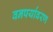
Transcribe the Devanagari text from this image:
वनपर्यावरण